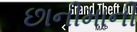
છાનીમાની